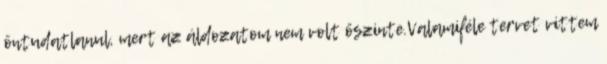
öntudatlanul, mert az áldozatom nem volt őszinte.Valamiféle tervet vittem